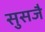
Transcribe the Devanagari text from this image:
सुसजै